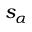
s _ { \alpha }